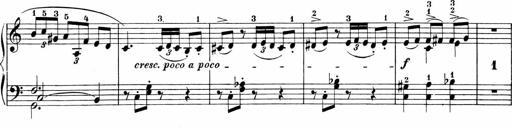
Title: 3 Sonatinas
Composer: Carl Reinecke